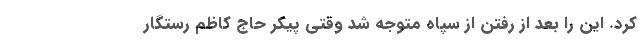
کرد. این را بعد از رفتن از سپاه متوجه شد وقتی پیکر حاج کاظم رستگار